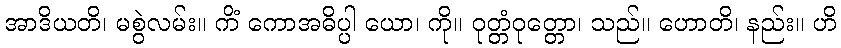
အာဒိယတိ၊ မစွဲလမ်း။ ကိံ ကောအဓိပ္ပါ ယော၊ ကို။ ဝုတ္တံဝုတ္တော၊ သည်။ ဟောတိ၊ နည်း။ ဟိ